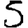
Digit: 5